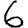
Digit: 6